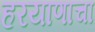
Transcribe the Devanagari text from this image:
हरयाणाचा